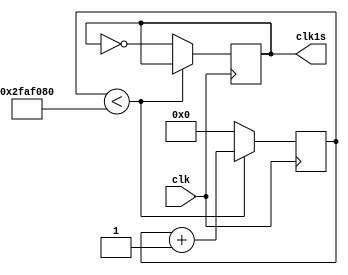
`timescale 1ns / 1ps
//////////////////////////////////////////////////////////////////////////////////
// Company: 
// Engineer: 
// 
// Design Name: 
// Module Name:    clk1seg 
// Project Name: 
// Target Devices: 
// Tool versions: 
// Description: 
//
// Dependencies: 
//
// Revision: 
// Revision 0.01 - File Created
// Additional Comments: 
//
//////////////////////////////////////////////////////////////////////////////////
module clk1seg(
	input clk,
	output reg clk1s
    );
reg [49:0] cont;
	
	initial
	begin 
	
	cont = 0;
	clk1s = 0;
	
	end
	
	always @(posedge clk)
		if(cont < 50'd50000000)
		
		cont <= cont + 1;
		
		else
		begin
		 cont <= 0;
		 clk1s <= ~clk1s;
		 
		end


endmodule